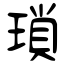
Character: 瑣